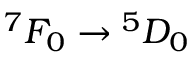
^ 7 F _ { 0 } \to { } ^ { 5 } D _ { 0 }